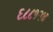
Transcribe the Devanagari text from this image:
६८८१२४